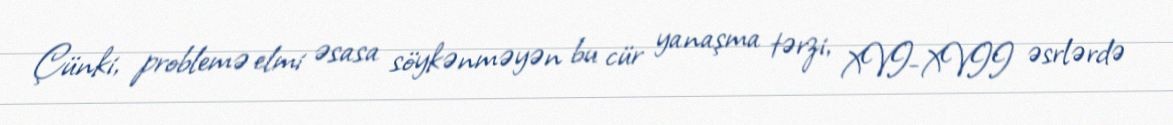
Çünki, problemə elmi əsasa söykənməyən bu cür yanaşma tərzi, XVI-XVII əsrlərdə